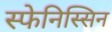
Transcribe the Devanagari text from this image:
स्फेनिस्सिन